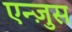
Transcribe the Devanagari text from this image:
एन्ज़ुस